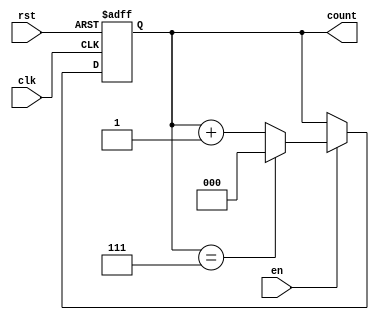
module synchronous_counter (
    input wire clk,        // Clock signal
    input wire rst,        // Reset signal (active high)
    input wire en,         // Enable signal
    output reg [N-1:0] count // Count output (N-bit wide)
);
    parameter N = 3; // Set the width of the counter (number of bits)

    // Always block for synchronous operation
    always @(posedge clk or posedge rst) begin
        if (rst) begin
            count <= 0; // Reset the counter to zero
        end else if (en) begin
            count <= count + 1; // Increment the counter
            if (count == (2**N - 1)) begin
                count <= 0; // Wrap around to zero if maximum value is reached
            end
        end
    end
endmodule